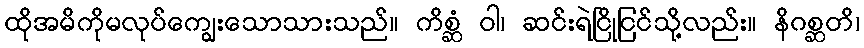
ထိုအမိကိုမလုပ်ကျွေးသောသားသည်။ ကိစ္ဆံ ဝါ၊ ဆင်းရဲငြိုငြင်သို့လည်း။ နိဂစ္ဆတိ၊